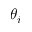
\theta _ { i }